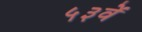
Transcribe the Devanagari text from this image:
५३वें